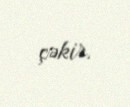
çəkir.